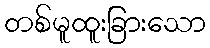
တစ်မူထူးခြားသော